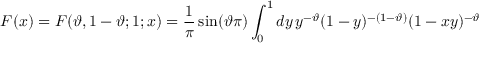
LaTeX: F ( x ) = F ( \vartheta , 1 - \vartheta ; 1 ; x ) = \frac { 1 } { \pi } \sin ( \vartheta \pi ) \int _ { 0 } ^ { 1 } d y \, y ^ { - \vartheta } ( 1 - y ) ^ { - ( 1 - \vartheta ) } ( 1 - x y ) ^ { - \vartheta }